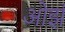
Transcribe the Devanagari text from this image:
ओझं